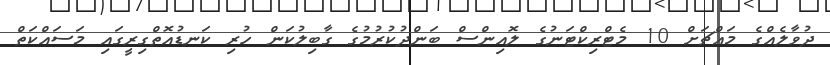
ދުވާލެއްގެ މައްޗަށް 10 މެޓްރިކްޓަނުގެ ލޮއިންސް ބަންދުކުރުމުގެ ގާބިލުކަން ހުރި ކަނޑުއޮތްގިރީގައި މަސައްކަތް